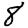
Digit: 8